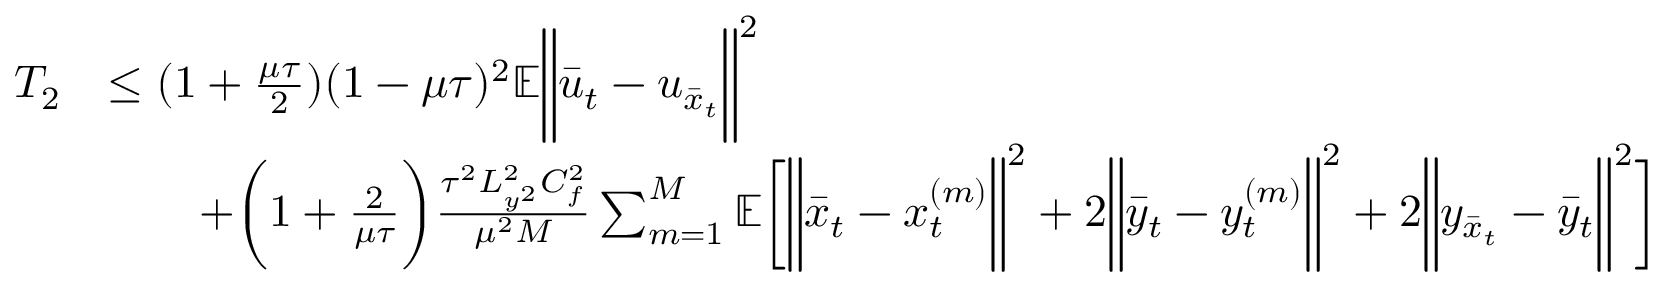
\begin{array} { r l } { T _ { 2 } } & { \leq ( 1 + \frac { \mu \tau } { 2 } ) ( 1 - \mu \tau ) ^ { 2 } \mathbb { E } \bigg \| \bar { u } _ { t } - u _ { \bar { x } _ { t } } \bigg \| ^ { 2 } } \\ & { \qquad + \bigg ( 1 + \frac { 2 } { \mu \tau } \bigg ) \frac { \tau ^ { 2 } L _ { y ^ { 2 } } ^ { 2 } C _ { f } ^ { 2 } } { \mu ^ { 2 } M } \sum _ { m = 1 } ^ { M } \mathbb { E } \bigg [ \bigg \| \bar { x } _ { t } - x _ { t } ^ { ( m ) } \bigg \| ^ { 2 } + 2 \bigg \| \bar { y } _ { t } - y _ { t } ^ { ( m ) } \bigg \| ^ { 2 } + 2 \bigg \| y _ { \bar { x } _ { t } } - \bar { y } _ { t } \bigg \| ^ { 2 } \bigg ] } \end{array}